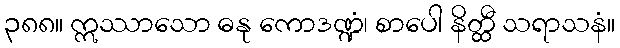
၃၈၈။ ဣဿာသော ဓနု ကောဒဏ္ဍံ၊ စာပေါ နိတ္ထီ သရာသနံ။